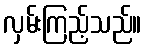
လှမ်းကြည့်သည်။